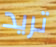
تريد